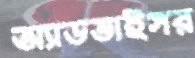
অ্যাডভাইসর